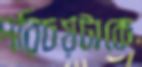
পরিচয়টাকে